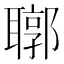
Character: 𦗒